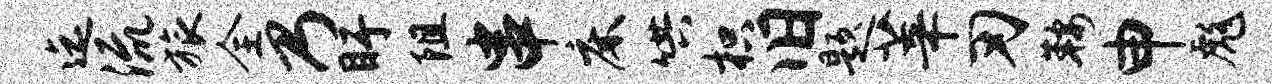
迄流旅全乃盱阻串床哄枳旧题莘刃鞍申彪